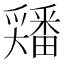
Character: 𡚘